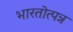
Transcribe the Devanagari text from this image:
भारतोत्पन्न